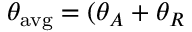
\theta _ { \mathrm { a v g } } = ( \theta _ { A } + \theta _ { R }